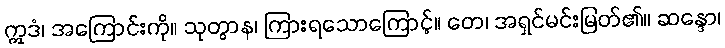
ဣဒံ၊ အကြောင်းကို။ သုတွာန၊ ကြားရသောကြောင့်။ တေ၊ အရှင်မင်းမြတ်၏။ ဆန္ဒော၊